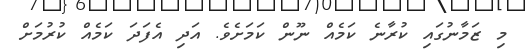
މި ޒަމާނުގައި ކުރާނެ ކަމެއް ނޫން ކަމަށެވެ. އަދި އެފަދަ ކަމެއް ކުރުމަށް